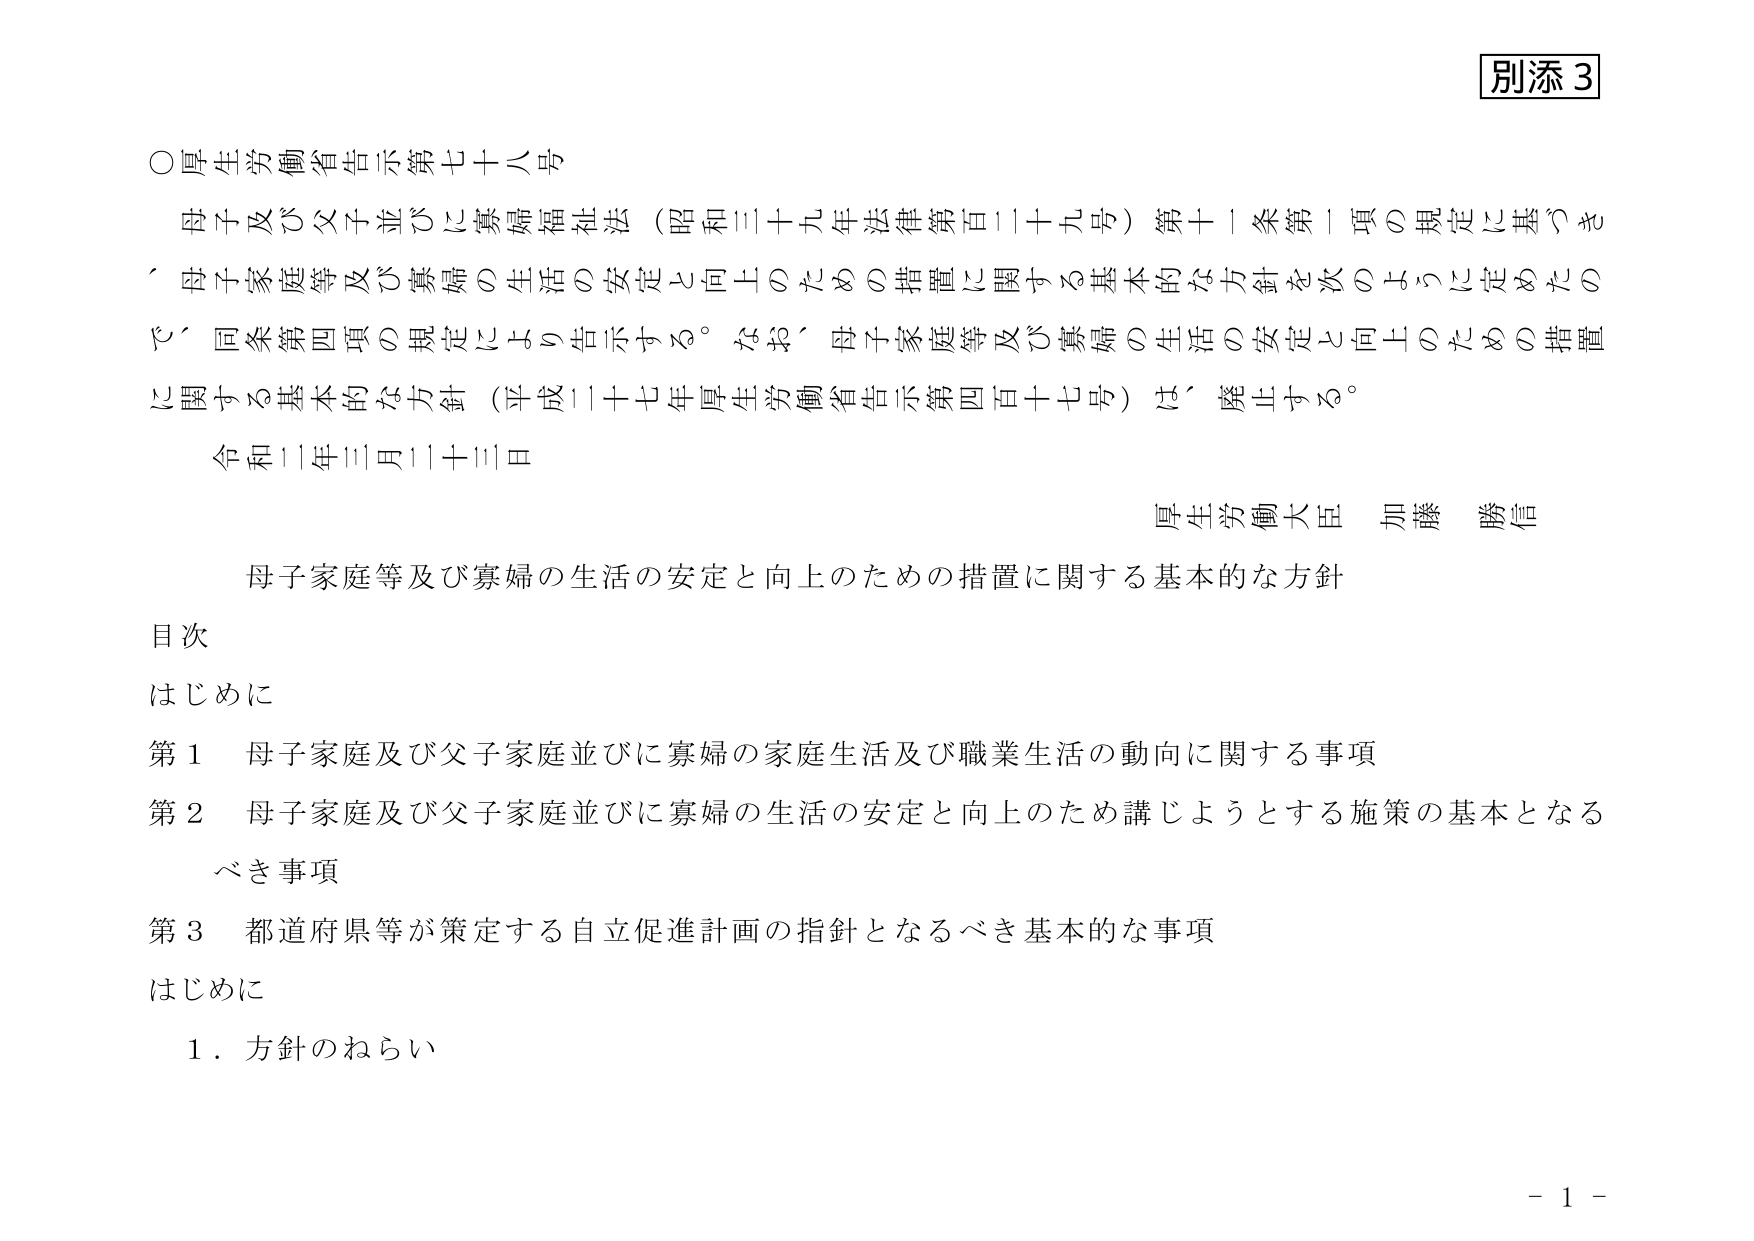
別添３

○厚生労働省告示第七十八号

母子及び父子並びに寡婦福祉法（昭和三十九年法律第百三十九号）第十一条第一項の規定に基づき、母子家庭等及び寡婦の生活の安定と向上のための措置に関する基本的な方針を次のとおり定めたので、同条第四項の規定により告示する。なお、母子家庭等及び寡婦の生活の安定と向上のための措置に関する基本的な方針（平成二十七年厚生労働省告示第四百十七号）は、廃止する。

令和三年三月三十一日

厚生労働大臣 加藤 勝信

母子家庭等及び寡婦の生活の安定と向上のための措置に関する基本的な方針

目次

はじめに

第１ 母子家庭及び父子家庭並びに寡婦の家庭生活及び職業生活の動向に関する事項

第２ 母子家庭及び父子家庭並びに寡婦の生活の安定と向上のため講じようとする施策の基本となるべき事項

第３ 都道府県等が策定する自立促進計画の指針となるべき基本的な事項

はじめに

１．方針のねらい

－１－